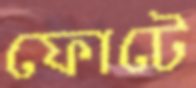
ফোটে